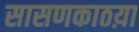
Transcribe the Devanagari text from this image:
सासणकाठय़ा